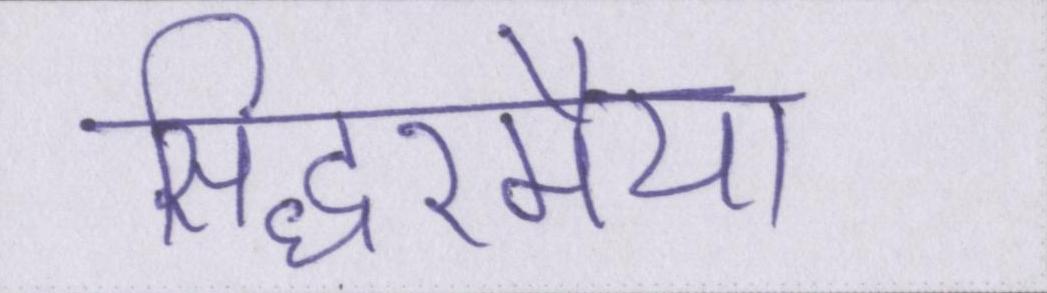
सिद्धरमैया